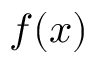
f ( x )